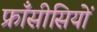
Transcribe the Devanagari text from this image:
फ्राँसीसियों